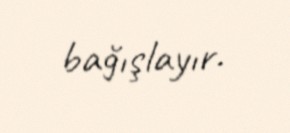
bağışlayır.